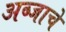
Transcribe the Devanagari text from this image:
अब्जाचे